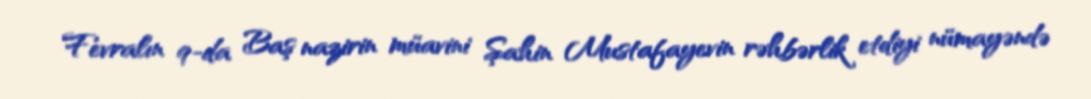
Fevralın 9-da Baş nazirin müavini Şahin Mustafayevin rəhbərlik etdiyi nümayəndə